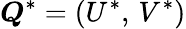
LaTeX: \boldsymbol{Q}^{*}=\left(U^{*},\, V^{*}\right)